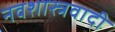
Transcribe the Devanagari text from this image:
नवशास्त्रवादी